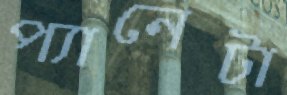
প্যানেটা